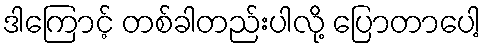
ဒါကြောင့် တစ်ခါတည်းပါလို့ ပြောတာပေါ့